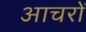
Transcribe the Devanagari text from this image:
आचरों